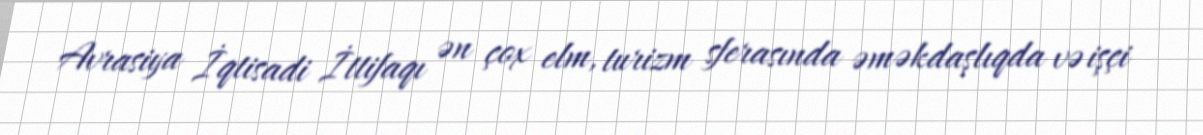
Avrasiya İqtisadi İttifaqı ən çox elm, turizm sferasında əməkdaşlıqda və işçi